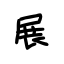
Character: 展